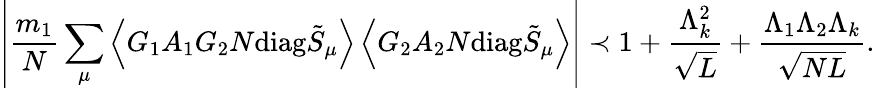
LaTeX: \left|\frac{m_{1}}{N}\sum_{\mu}\left\langle{G_{1}A_{1}G_{2}N\mathrm{diag}\tilde{S}_{\mu}}\right\rangle\left\langle{G_{2}A_{2}N\mathrm{diag}\tilde{S}_{\mu}}\right\rangle\right|\prec 1+\frac{\Lambda_{k}^{2}}{\sqrt{L}}+\frac{\Lambda_{1}\Lambda_{2}\Lambda_{k}}{\sqrt{NL}}.